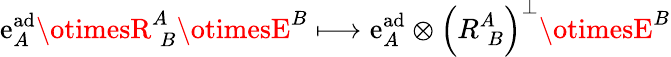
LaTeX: \mathrm{e}_{A}^{\mathrm{{ad}}}\otimesR_{\; B}^{A}\otimesE^{B}\longmapsto\mathrm{e}_{A}^{\mathrm{{ad}}}\otimes\left(R_{\; B}^{A}\right)^{\perp}\otimesE^{B}